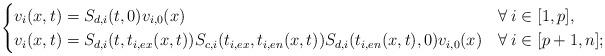
LaTeX: \begin{align*} \begin{cases} v_i(x,t)=S_{d,i}(t,0)v_{i,0}(x) & \forall\:i\in[1,p],\\ v_i(x,t)=S_{d,i}(t,t_{i,ex}(x,t))S_{c,i}(t_{i,ex},t_{i,en}(x,t))S_{d,i}(t_{i,en}(x,t),0)v_{i,0}(x) & \forall\:i\in[p+1,n]; \end{cases} \end{align*}